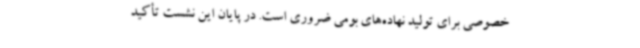
خصوصی برای تولید نهاده‌های بومی ضروری است. در پایان این نشست تأکید